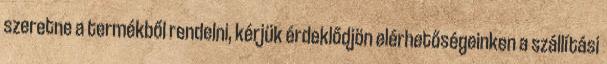
szeretne a termékből rendelni, kérjük érdeklődjön elérhetőségeinken a szállítási